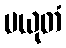
ပယုတံ